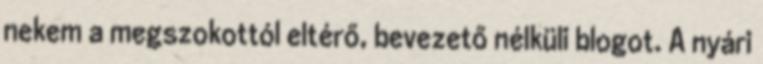
nekem a megszokottól eltérő, bevezető nélküli blogot. A nyári